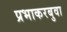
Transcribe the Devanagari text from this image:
प्रभाकरबुवा